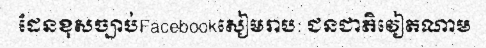
ដែនខុសច្បាប់Facebookសៀមរាប: ជនជាតិវៀតណាម